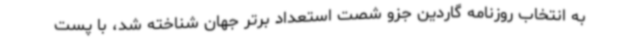
به انتخاب روزنامه گاردین جزو شصت استعداد برتر جهان شناخته شد، با پست